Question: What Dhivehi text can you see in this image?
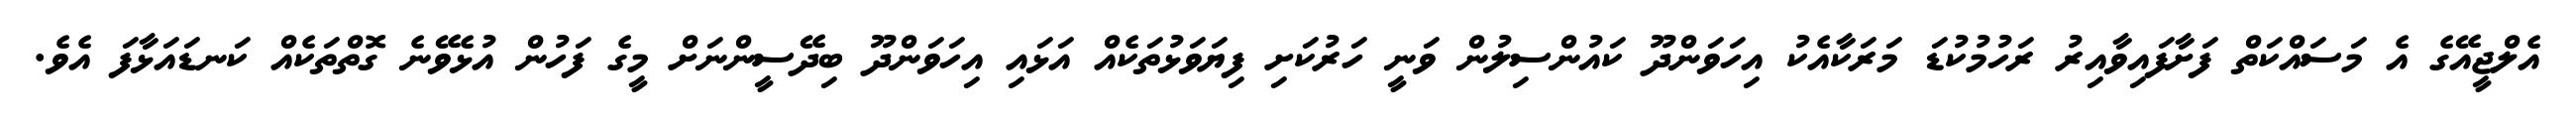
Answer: އެލްޖީއޭގެ އެ މަސައްކަތް ފަށާފައިވާއިރު ރަހުމުކުޑަ މަރަކާއެކު އިހަވަންދޫ ކައުންސިލުން ވަނީ ހަރުކަށި ފިޔަވަޅުތަކެއް އަޅައި އިހަވަންދޫ ބިދޭސީންނަށް މީގެ ފަހުން އުޅެވޭނެ ގޮތްތަކެއް ކަނޑައަޅާފަ އެވެ.